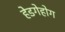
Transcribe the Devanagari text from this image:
हेडगेहोग